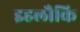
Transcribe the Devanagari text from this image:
इहलौकि